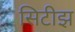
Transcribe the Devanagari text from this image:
सिटीझ